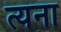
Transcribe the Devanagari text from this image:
त्यना